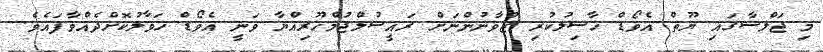
މި ޖަލްސާގައި ޔޫތް އެވޯޑް ހާސިލުކުރި ޒުވާނުންނަށް ރައީސުލްޖުމްހޫރިއްޔާ ވަނީ އެވޯޑް ހަވާލުކޮށްދެއްވާފައެވެ.